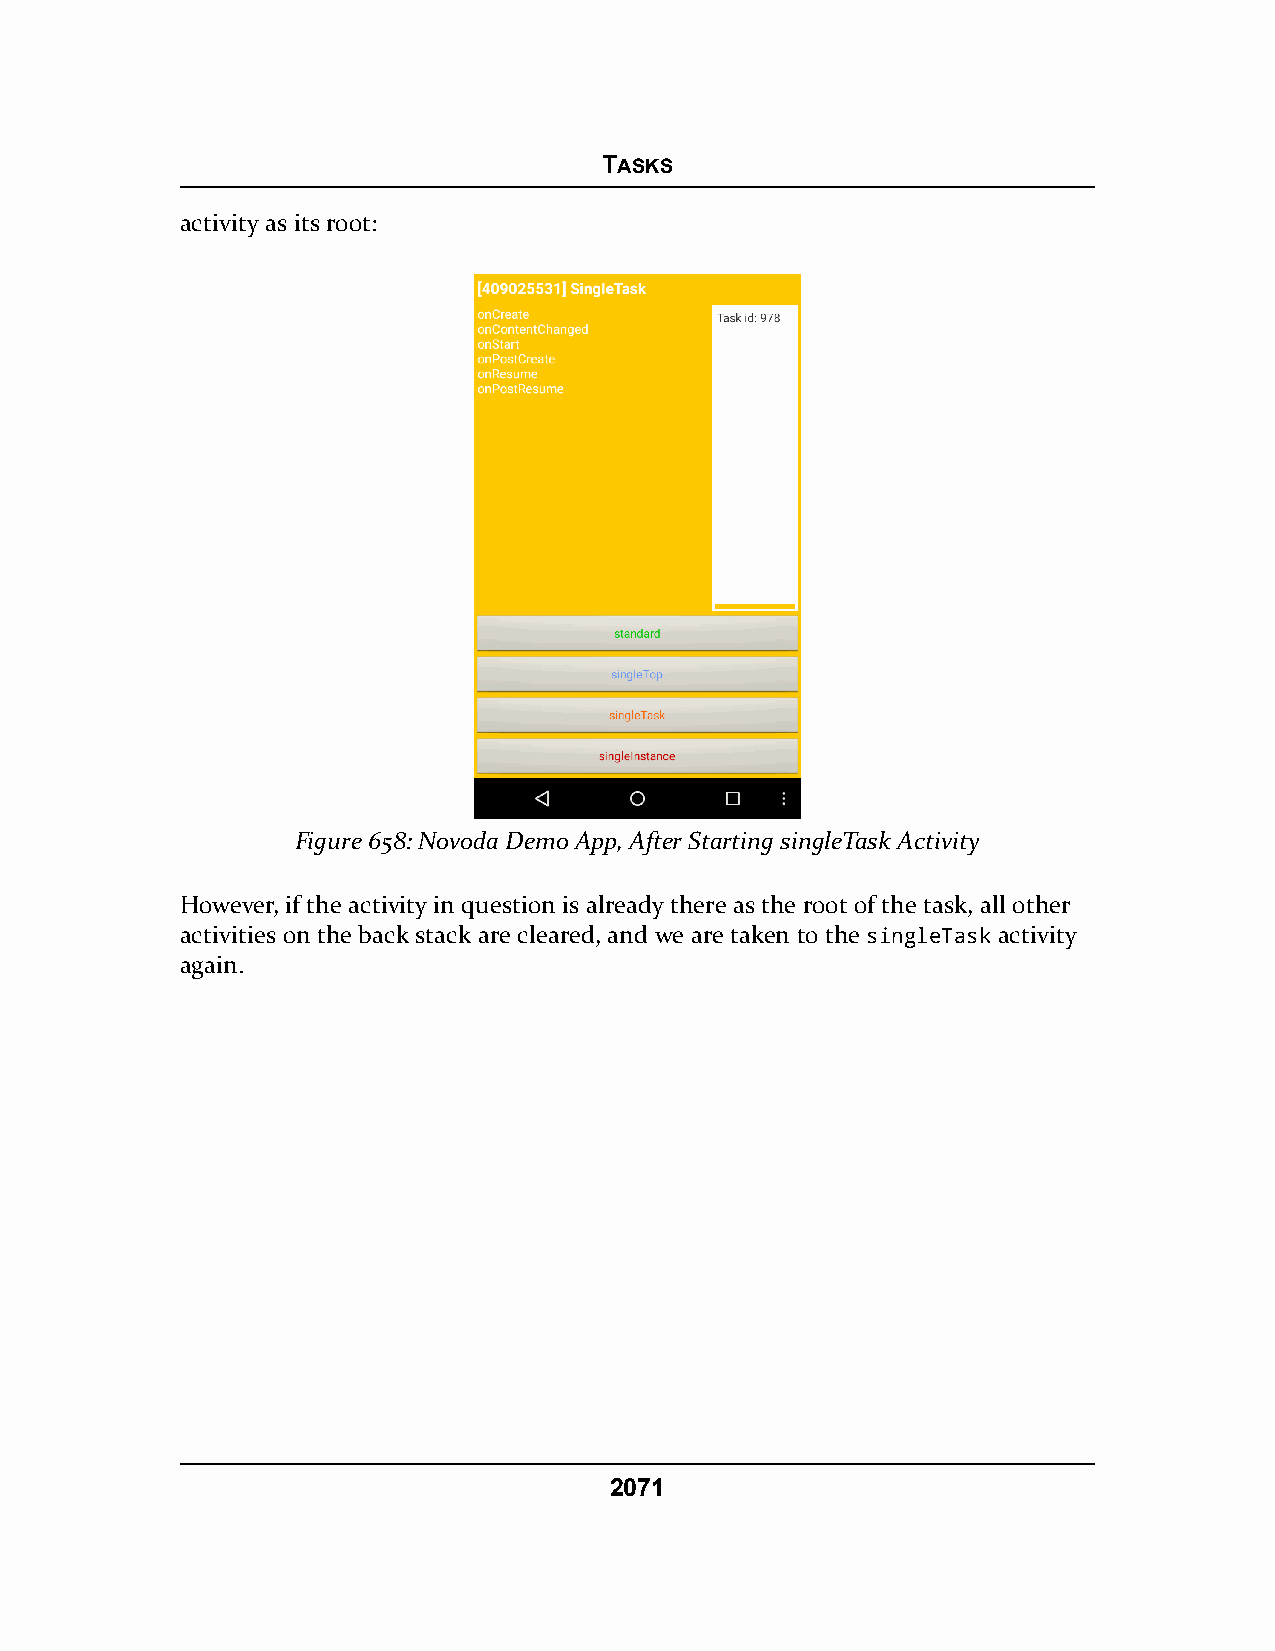
TASKS
 activity as its root:
 Figure 658: Novoda Demo App, After Starting singleTask Activity
 However, if the activity in question is already there as the root of the task, all other
 activities on the back stack are cleared, and we are taken to the singleTask activity
 again.
 2071